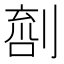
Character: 𠞌